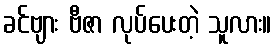
ခင်ဗျား ဗီဇာ လုပ်ပေးတဲ့ သူလား။